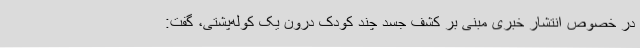
در خصوص انتشار خبری مبنی بر کشف جسد چند کودک درون یک کوله‌پشتی، گفت: